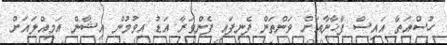
ހުސްއަތާ އައިސް ފާޚާނާއަށް ވަންތަން ފެނިފައި ފެންވަރާ އަޑު އިވުމުން އިޝާން އަމިއްލައަށް